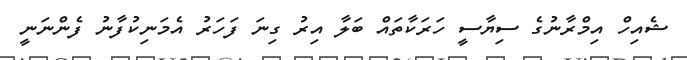
ޝެއިހް އިމްރާނުގެ ސިޔާސީ ހަރަކާތައް ބަލާ އިރު ގިނަ ފަހަރު އެމަނިކުފާނު ފެންނަނީ